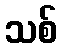
သစ်